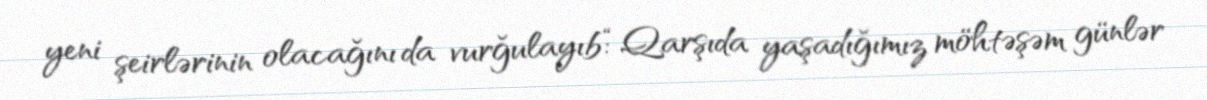
yeni şeirlərinin olacağını da vurğulayıb:“Qarşıda yaşadığımız möhtəşəm günlər